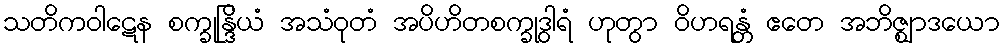
သတိကဝါဋေန စက္ခုန္ဒြိယံ အသံဝုတံ အပိဟိတစက္ခုဒွါရံ ဟုတွာ ဝိဟရန္တံ ဧတေ အဘိဇ္ဈာဒယော